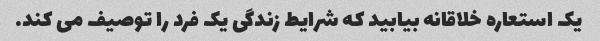
یک استعاره خلاقانه بیابید که شرایط زندگی یک فرد را توصیف می کند.